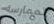
لممارسة